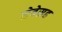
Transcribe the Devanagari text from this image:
सेवेसह